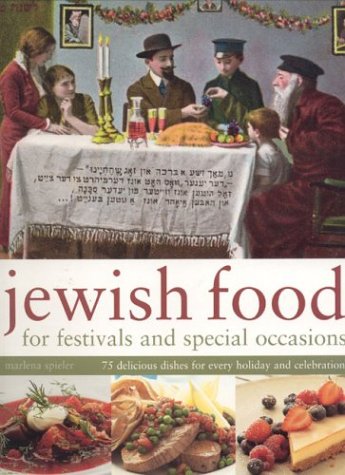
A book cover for Jewish Food for Festivals and Special Occasions; Marlena Spieler; Cookbooks, Food & Wine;